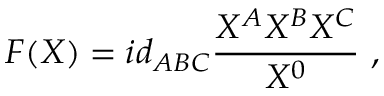
F ( X ) = i d _ { A B C } { \frac { X ^ { A } X ^ { B } X ^ { C } } { X ^ { 0 } } } \ ,